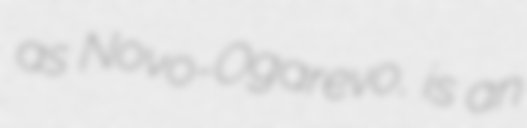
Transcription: as Novo-Ogarevo, is an